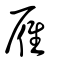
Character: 雁